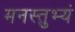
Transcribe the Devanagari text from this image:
मनस्तुभ्यं